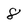
Character: 8